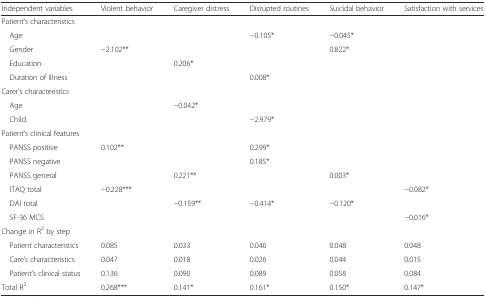
| Independent variables | Violent behavior | Caregiver distress | Disrupted routines | Suicidal behavior | Satisfaction with services |
 | --- | --- | --- | --- | --- | --- |
 | <COLSPAN=6> Patient’s characteristics |
 | Age |  |  | −0.105* | −0.045* |  |
 | Gender | −2.102** |  |  | 0.822* |  |
 | Education |  | 0.206* |  |  |  |
 | <COLSPAN=2> Duration of illness |  | 0.008* |  |  |
 | <COLSPAN=6> Carer’s characteristics |
 | <COLSPAN=2> Age | −0.042* |  |  |  |
 | <COLSPAN=2> Child |  | −2.979* |  |  |
 | <COLSPAN=6> Patient’s clinical features |
 | PANSS positive | 0.102** |  | 0.299* |  |  |
 | PANSS negative |  |  | 0.185* |  |  |
 | PANSS general |  | 0.221** |  | 0.003* |  |
 | ITAQ total | −0.228*** |  |  |  | −0.082* |
 | DAI total |  | −0.159** | −0.414* | −0.120* |  |
 | SF-36 MCS |  |  |  |  | −0.016* |
 | <COLSPAN=6> Change in R2 by step |
 | Patient characteristics | 0.085 | 0.033 | 0.046 | 0.048 | 0.048 |
 | Care’s characteristics | 0.047 | 0.018 | 0.026 | 0.044 | 0.015 |
 | Patient’s clinical status | 0.136 | 0.090 | 0.089 | 0.058 | 0.084 |
 | Total R2 | 0.268*** | 0.141* | 0.161* | 0.150* | 0.147* |